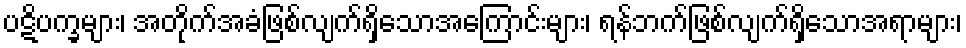
ပဋိပက္ခများ၊ အတိုက်အခံဖြစ်လျက်ရှိသောအကြောင်းများ၊ ရန်ဘက်ဖြစ်လျက်ရှိသောအရာများ၊